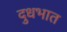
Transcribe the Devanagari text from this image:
दुधभात